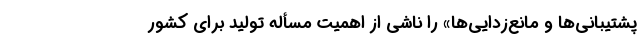
پشتیبانی‌ها و مانع‌زدایی‌ها» را ناشی از اهمیت مسأله تولید برای کشور